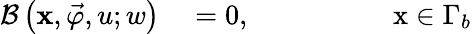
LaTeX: \begin{array}{r}{\begin{array}{rl}{\mathcal{B}\left(\textbf{x},\vec{\varphi},u;w\right)}&{{}=0,\quad\quad\quad\quad\quad\mathrm{x}\in\Gamma_{b}}\end{array}}\end{array}